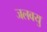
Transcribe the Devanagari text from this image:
जलवयु